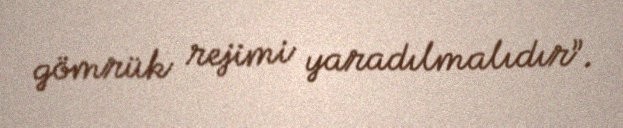
gömrük rejimi yaradılmalıdır”.